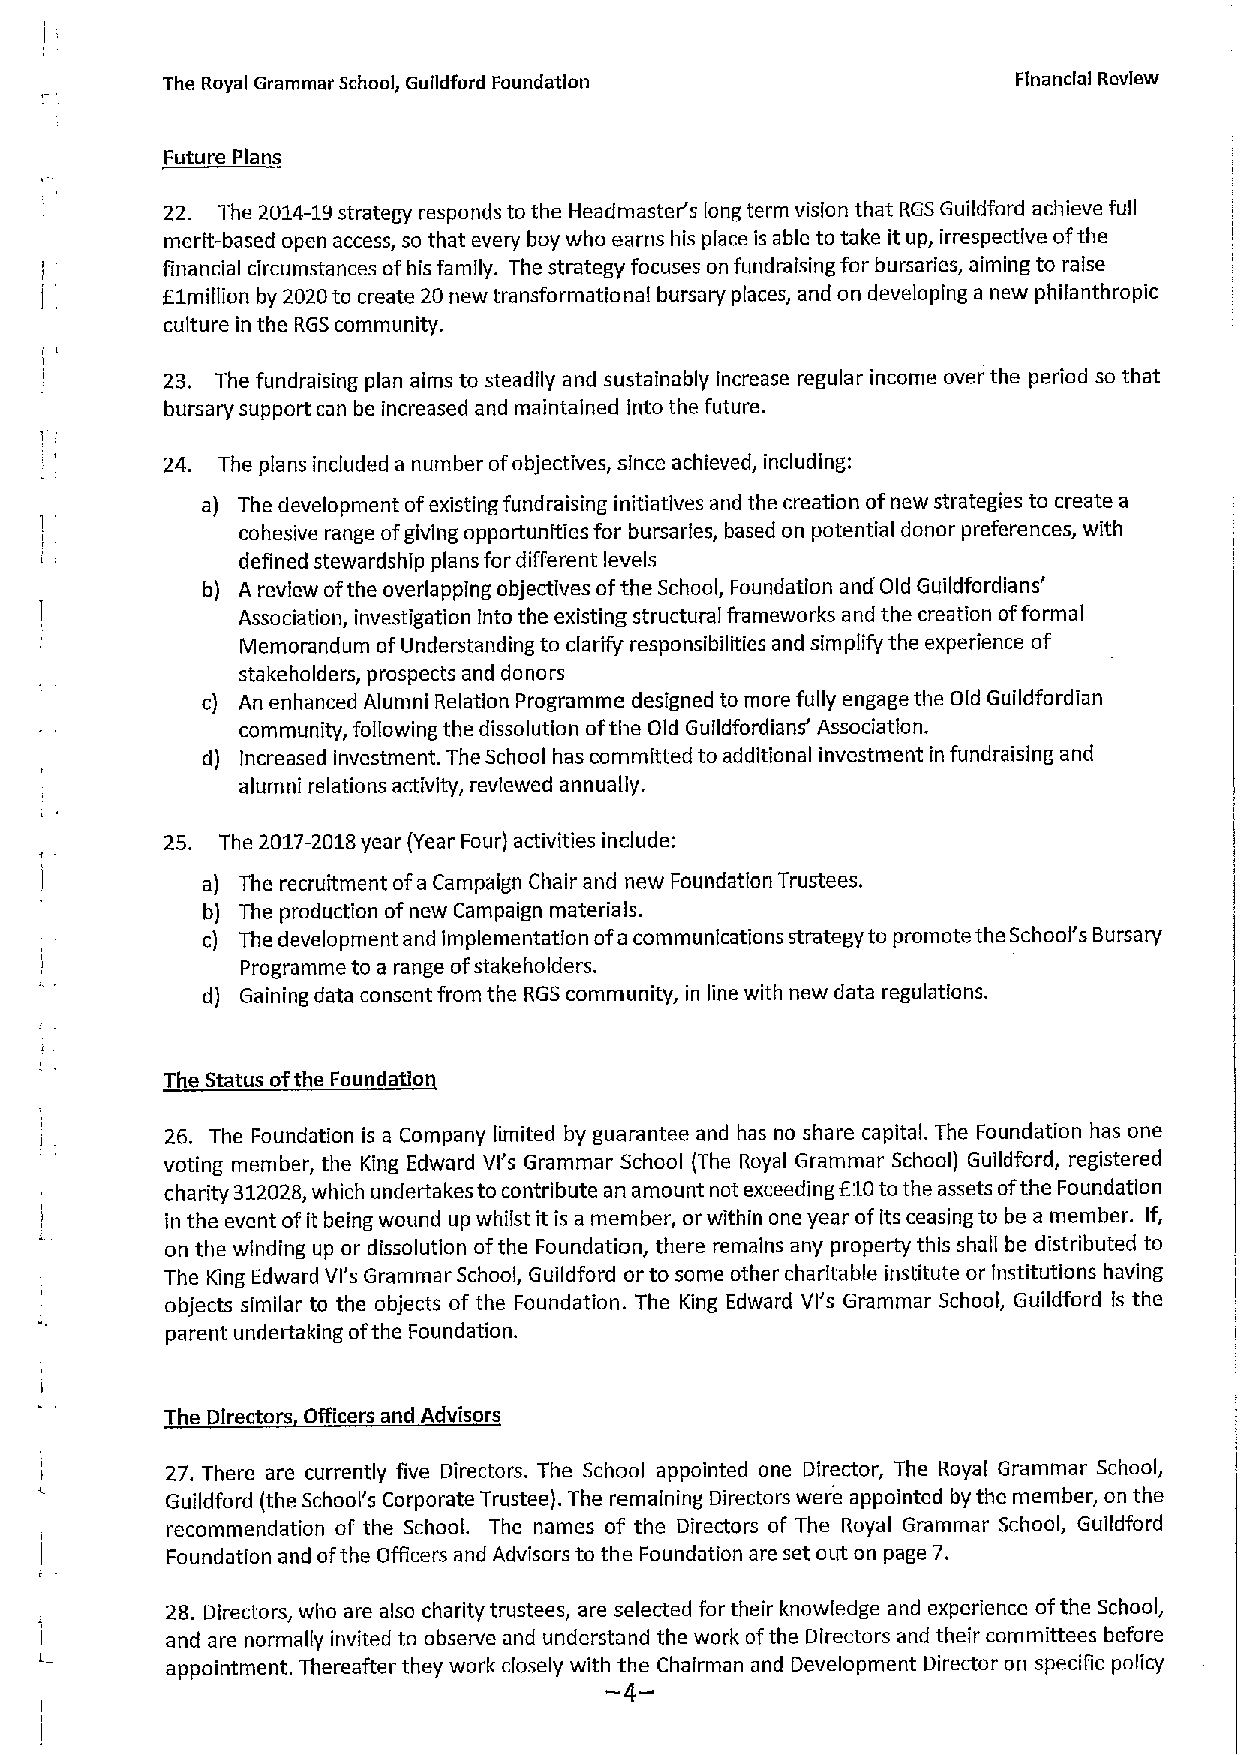
The Royal Grammar School, Guildford Foundation          Financial Review
 Future Plans
 22. The 2014-19strategy responds to the Headmaster's long term vision that RGSGuildford achieve full
 merit-based open access, so that every boy who earns his place is able to take it up, irrespective ofthe
 financial circumstances ofhis family. The strategy focuses on fundraising for bursaries, aiming to raise
 E1milllon by 2020to create 20 new transformational bursary places, and on developing a new philanthropic
 culture in the RGScommunity.
 23. The fundraising plan aims to steadily and sustainably increase regular income over the period so that
 bursary support can be increased and maintained into the future.
 24. The plans included a number ofobjectives, since achieved, including:
 a) The development ofexisting fundraising initiatives and the creation ofnew strategies to create a
 cohesive range ofgiving opportunities for bursaries, based on potential donor preferences, with
 defined stewardship plans for different levels
 b) A review ofthe overlapping objectives ofthe School, Foundation and Old Guildfordians'
 Association, investigation into the existing structural frameworks and the creation offormal
 Memorandum ofUnderstanding to clarify responsibilities and simplify the experience of
 stakeholders, prospects and donors
 c) An enhanced Alumni Relation Programme designed to more fully engage the Old Guildfordian
 community, following the dissolution ofthe Old Guildfordians' Association.
 d) Increased investment. The School has committed to additional investment in fundraising and
 alumni relations activity, reviewed annually.
 25. The 2017-2018year (Year Four) activities include:
 a) The recruitment ofa Campaign Chair and new Foundation Trustees.
 b) The production ofnew Campaign materials.
 c) The development and implementation ofa communications strategyto promote the School's Bursary
 Programme to a range ofstakeholders.
 d) Gaining data consent from the RGScommunity, in line with new data regulations.
 The Status ofthe Foundatio
 26. The Foundation is a Company limited by guarantee and has no share capital. The Foundation has one
 voting member, the King Edward Vl's Grammar School (The Royal Grammar School) Guildford, registered
 f
 charity 312028,which undertakes to contribute an amount not exceeding 10tothe assets ofthe Foundation
 in the event ofit being wound up whilst it is a member, or within one year ofits ceasing to be a member. If,
 on the winding up or dissolution ofthe Foundation, there remains any property this shall be distributed to
 The King Edward Vl's Grammar School, Guildford or to some other charitable institute or institutions having
 objects similar to the objects of the Foundation. The King Edward Vl's Grammar School, Guildford is the
 parent undertaking ofthe Foundation.
 The Directors Officers and Advisors
 27. There are currently five Directors. The School appointed one Director, The Royal Grammar School,
 Guildford (the School's Corporate Trustee). The remaining Directors were appointed by the member, on the
 recommendation of the School. The names of the Directors of The Royal Grammar School, Guildford
 Foundation and ofthe Officers and Advisors to the Foundation are set out on page 7.
 28. Directors, who are also charity trustees, are selected for their knowledge and experience ofthe School,
 and are normally invited to observe and understand the work ofthe Directors and their committees before
 appointment. Thereafter they work closely with -t 4he -Chairman and Development Director on specific policy